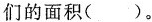
们的面积( )。